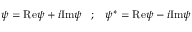
\psi = \mathrm { R e } \psi + i \mathrm { I m } \psi \; \; \; ; \; \; \; \psi ^ { * } = \mathrm { R e } \psi - i \mathrm { I m } \psi